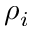
\rho _ { i }